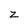
Character: z